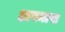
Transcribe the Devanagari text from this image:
अपनापा